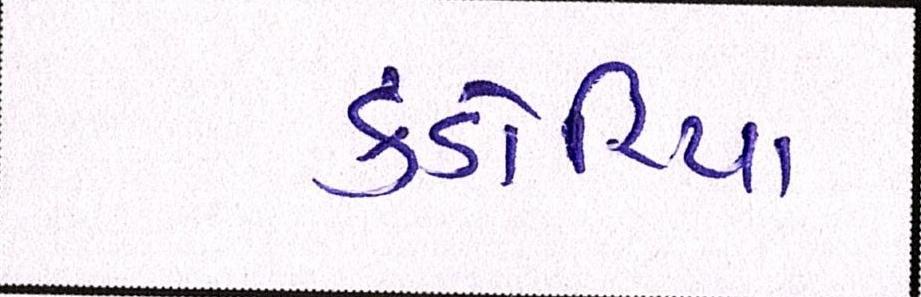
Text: કંડોરિયા